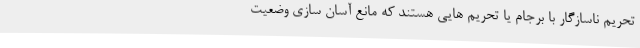
تحریم ناسازگار با برجام یا تحریم هایی هستند که مانع آسان سازی وضعیت